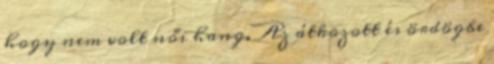
hogy nem volt női hang. Az átkozott és ördögbe